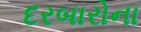
દરબારોના